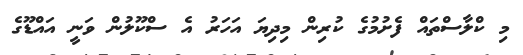
މި ކްލާސްތައް ފެށުމުގެ ކުރިން މިދިޔަ އަހަރު އެ ސްކޫލުން ވަނީ އައްޑޫގެ